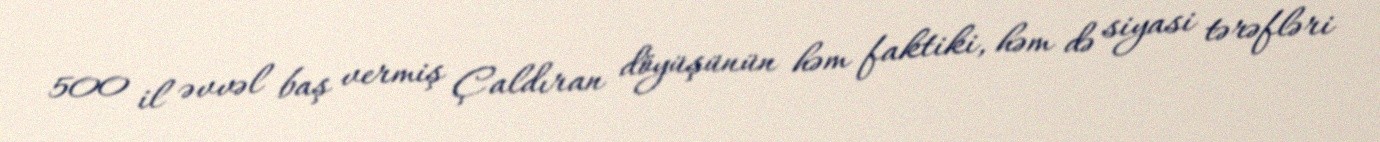
500 il əvvəl baş vermiş Çaldıran döyüşünün həm faktiki, həm də siyasi tərəfləri